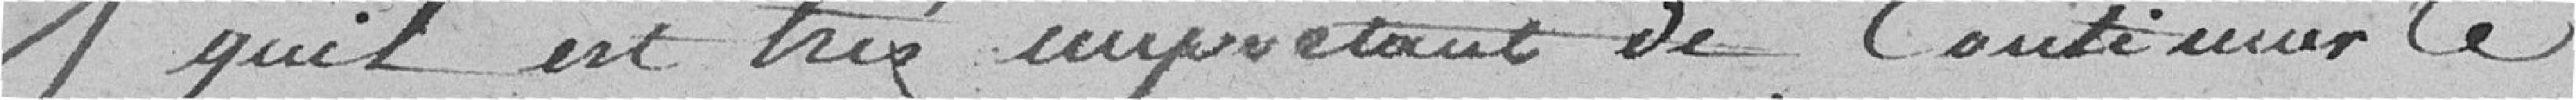
qu'il est très important de continuer le